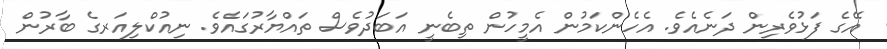
އޭގެ ފަޅުވެރިން ދަނެއެވެ. އެހެންކަމުން އެމީހުން ތިބެނީ އަބަދުވެސް ތައްޔާރުގައެވެ. ނިއުކްލިއަރގެ ބާރުން